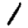
Digit: 1